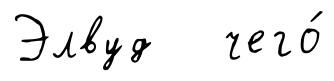
Элвуд чего́